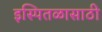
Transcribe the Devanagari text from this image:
इस्पितळासाठी